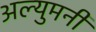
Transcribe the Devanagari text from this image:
अल्युमनी